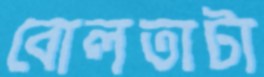
বোলতাটা